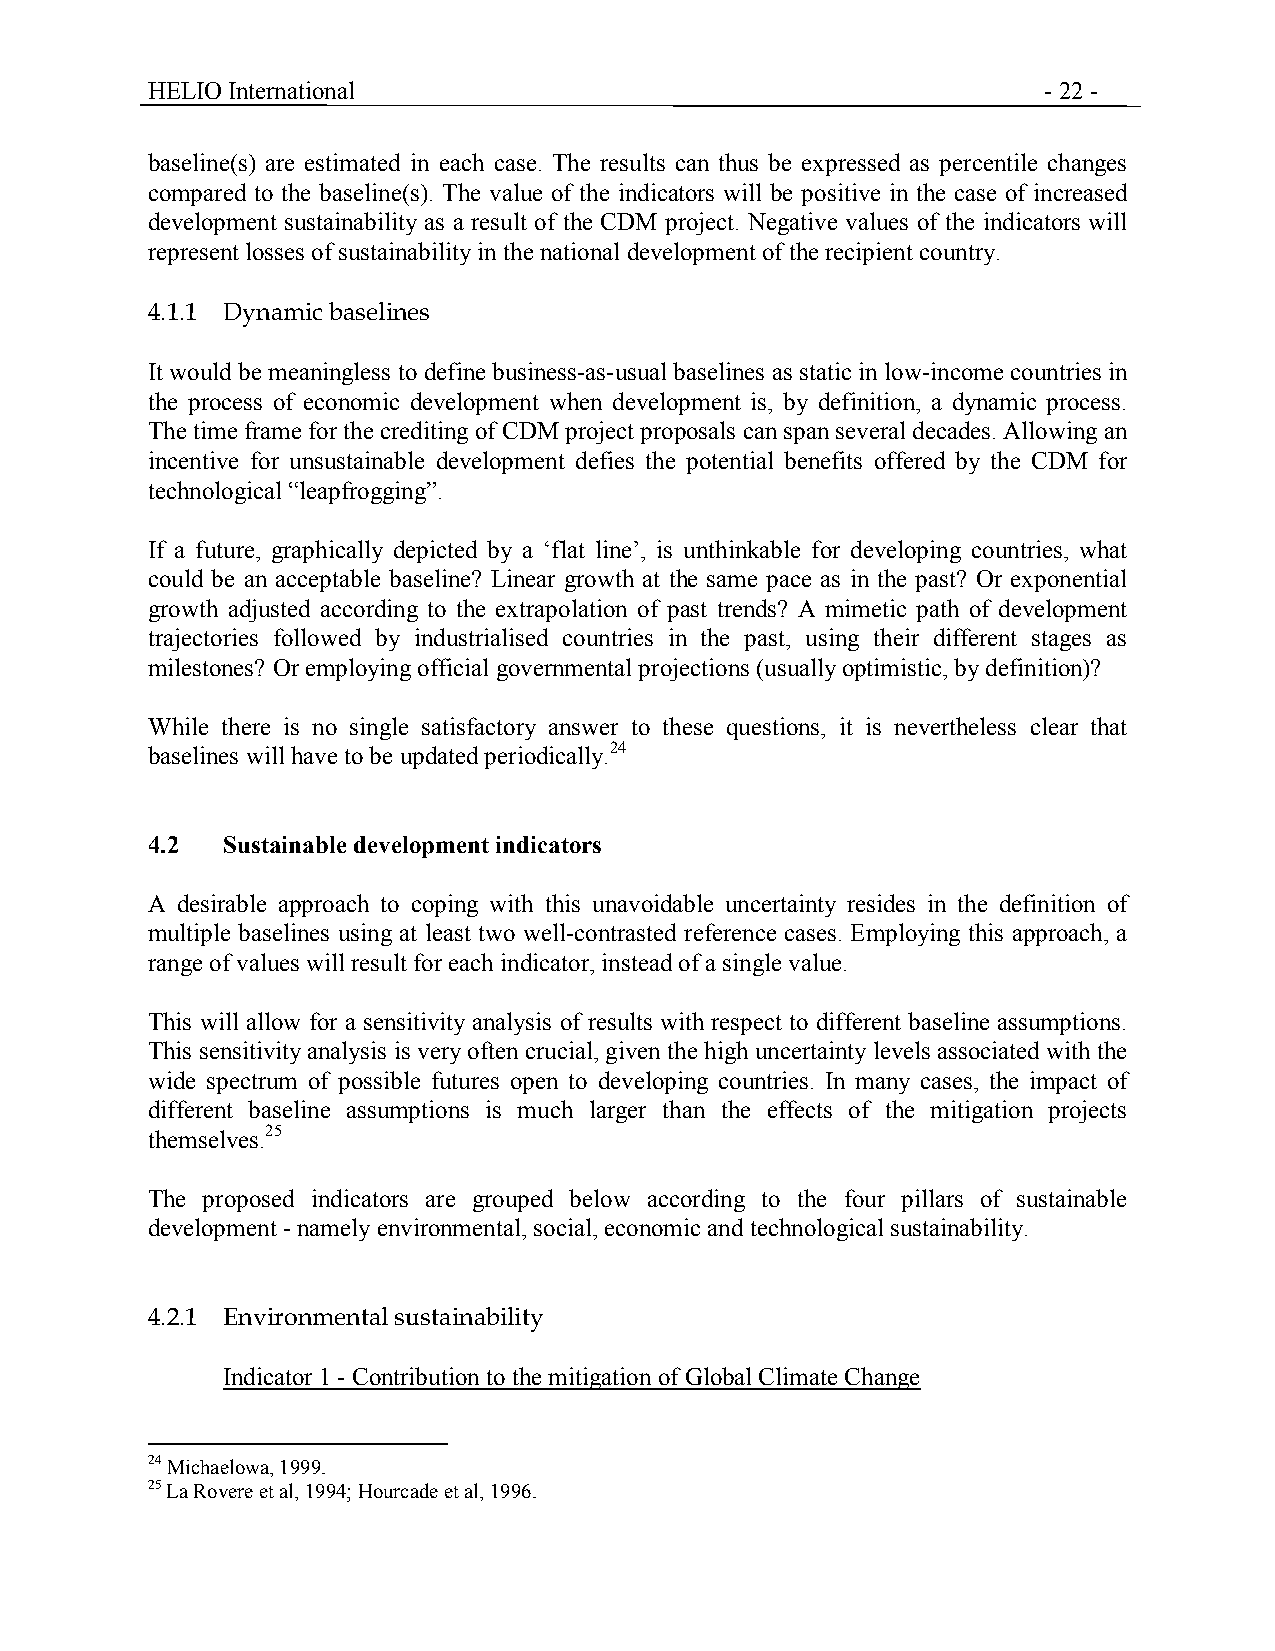
HELIO International                                        - 22 -
 baseline(s) are estimated in each case. The results can thus be expressed as percentile changes
 compared to the baseline(s). The value of the indicators will be positive in the case of increased
 development sustainability as a result of the CDM project. Negative values of the indicators will
 represent losses of sustainability in the national development of the recipient country.
 4.1.1 Dynamic baselines
 It would be meaningless to define business-as-usual baselines as static in low-income countries in
 the process of economic development when development is, by definition, a dynamic process.
 The time frame for the crediting of CDM project proposals can span several decades. Allowing an
 incentive for unsustainable development defies the potential benefits offered by the CDM for
 technological “leapfrogging”.
 If a future, graphically depicted by a ‘flat line’, is unthinkable for developing countries, what
 could be an acceptable baseline? Linear growth at the same pace as in the past? Or exponential
 growth adjusted according to the extrapolation of past trends? A mimetic path of development
 trajectories followed by industrialised countries in the past, using their different stages as
 milestones? Or employing official governmental projections (usually optimistic, by definition)?
 While there is no single satisfactory answer to these questions, it is nevertheless clear that
 baselines will have to be updated periodically.24
 4.2  Sustainable development indicators
 A desirable approach to coping with this unavoidable uncertainty resides in the definition of
 multiple baselines using at least two well-contrasted reference cases. Employing this approach, a
 range of values will result for each indicator, instead of a single value.
 This will allow for a sensitivity analysis of results with respect to different baseline assumptions.
 This sensitivity analysis is very often crucial, given the high uncertainty levels associated with the
 wide spectrum of possible futures open to developing countries. In many cases, the impact of
 different baseline assumptions is much larger than the effects of the mitigation projects
 themselves.25
 The proposed indicators are grouped below according to the four pillars of sustainable
 development - namely environmental, social, economic and technological sustainability.
 4.2.1 Environmental sustainability
 Indicator 1 - Contribution to the mitigation of Global Climate Change
 24 Michaelowa, 1999.
 25 La Rovere et al, 1994; Hourcade et al, 1996.